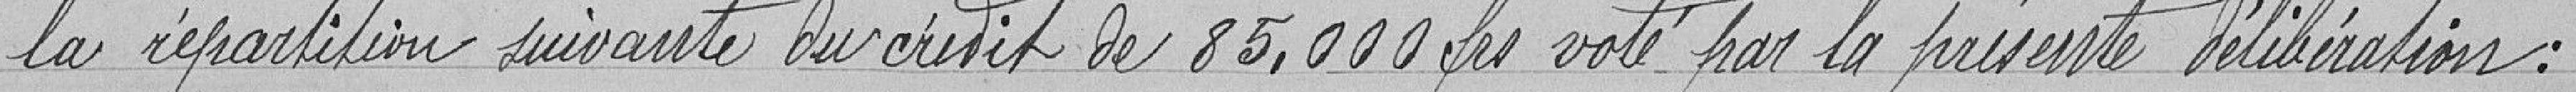
la répartition suivante du crédit de 85.000 francs voté par la présente délibération :